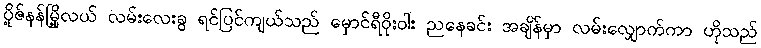
ပို့ဇ်နန်မြို့လယ် လမ်းလေးခွ ရင်ပြင်ကျယ်သည် မှောင်ရီဝိုးဝါး ညနေခင်း အချိန်မှာ လမ်းလျှောက်ကာ ဟိုသည်